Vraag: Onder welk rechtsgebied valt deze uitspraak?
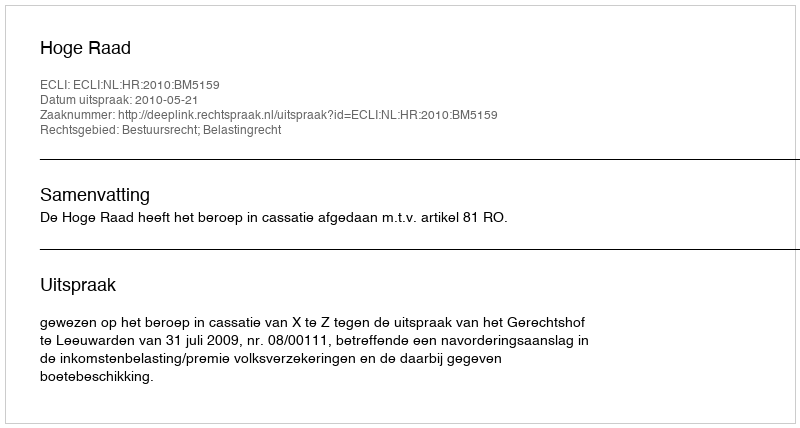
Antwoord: Bestuursrecht; Belastingrecht